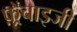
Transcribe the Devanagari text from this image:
फ़्रेंचाइजी